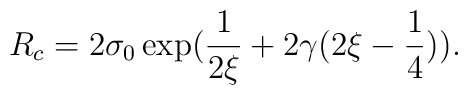
R_c=2\sigma_0\exp(\frac{1}{2\xi}+2\gamma(2\xi-\frac{1}{4})).